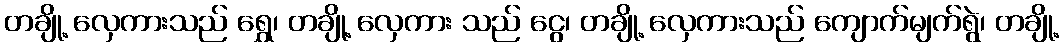
တချို့ လှေကားသည် ရွှေ၊ တချို့ လှေကား သည် ငွေ၊ တချို့ လှေကားသည် ကျောက်မျက်ရွဲ၊ တချို့